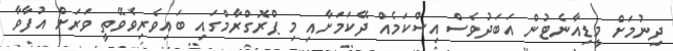
ދިނުމަށް މީޑިއާނެޓުން އަބަދުވެސް އިސްކަމެއް ދޭކަމަށާއި މި ޕްރޮގްރާމްގައި ބައިވެރިވެވޭތީ ވަރަށް އުފާވާ